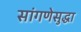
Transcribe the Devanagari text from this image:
सांगणेसुद्धा